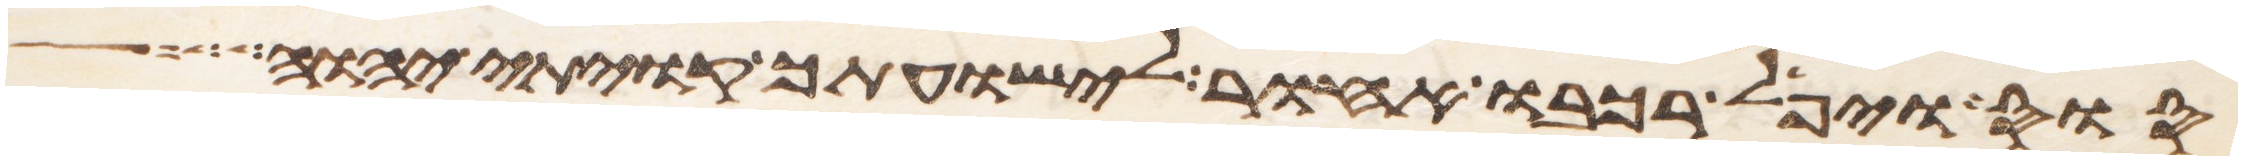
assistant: סוס ויפל רכבו אחור לישועתך קויתי יהוה